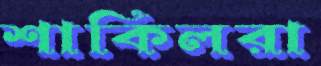
শাকিলরা